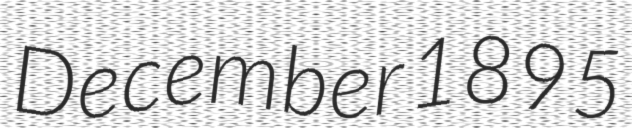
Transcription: December 1895